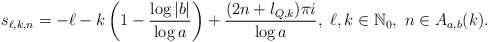
\begin{align*} s_{\ell, k, n}=-\ell -k\left( 1-\frac{\log |b|}{\log a}\right) + \frac{(2n+l_{Q,k}) \pi i}{\log a},\ \ell, k \in \mathbb{N}_{0}, \ n\in A_{a,b}(k).\end{align*}